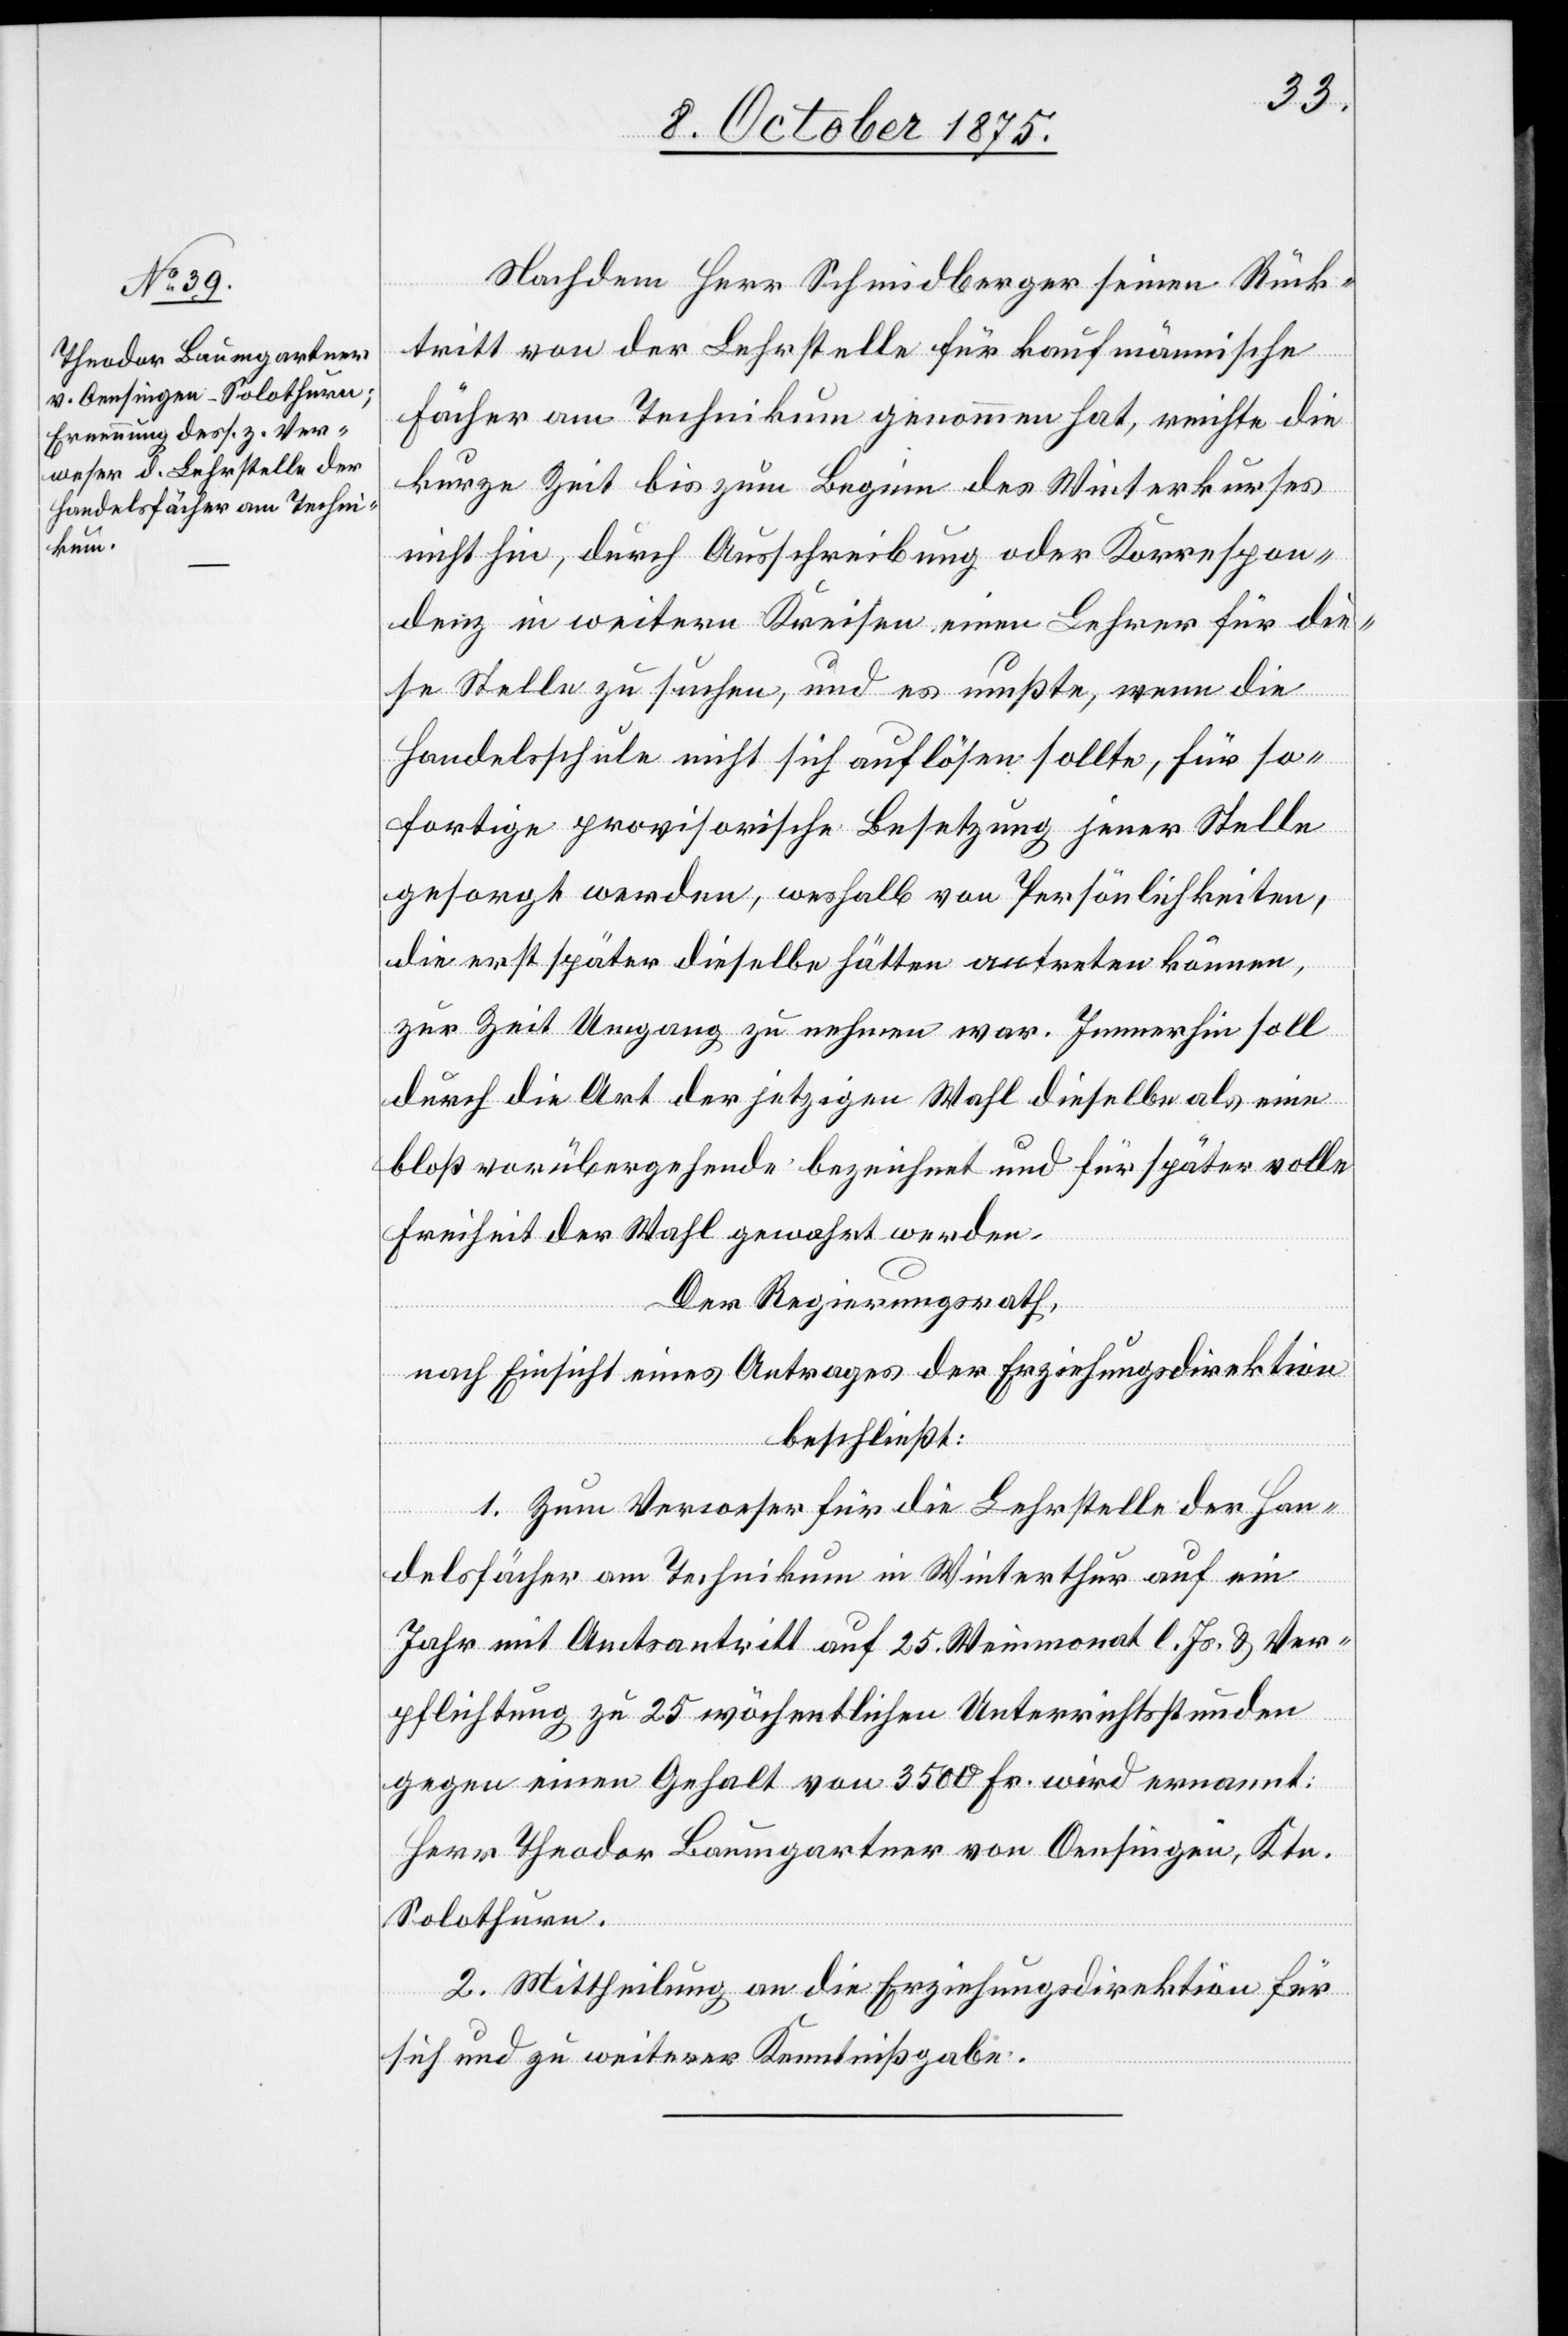
Nachdem Herr Schmidberger seinen Rück¬
tritt von der Lehrstelle für kaufmännische
Fächer am Technikum genommen hat, reichte die
kurze Zeit bis zum Beginn des Winterkurses
nicht hin, durch Ausschreibung oder Korrespon¬
denz in weitern Kreisen einen Lehrer für die¬
se Stelle zu suchen, und es mußte, wenn die
Handelsschule nicht sich auflösen sollte, für so¬
fortige provisorische Besetzung jener Stelle
gesorgt werden, weshalb von Persönlichkeiten,
die erst später dieselbe hätten vertreten können,
zur Zeit Umgang zu nehmen war. Immerhin soll
durch die Art der jetzigen Wahl dieselbe als eine
bloß vorübergehende bezeichnet und für später volle
Freiheit der Wahl gewahrt werden.
Der Regierungsrath,
nach Einsicht eines Antrages der Erziehungsdirektion
beschließt:
1. Zum Verweser für die Lehrstelle der Han¬
delsfächer am Technikum in Winterthur auf ein
Jahr mit Amtsantritt auf 25. Weinmonat l. Js. & Ver¬
pflichtung zu 25 wöchentlichen Unterrichtsstunden
gegen einen Gehalt von 3500 Fr. wird ernannt:
Herr Theodor Baumgartner von Oensingen, Ktn.
Solothurn.
2. Mittheilung an die Erziehungsdirektion für
sich und zu weiterer Kenntnißgabe.